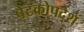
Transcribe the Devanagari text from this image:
पेटकोपदेश